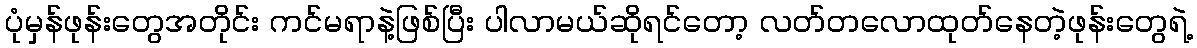
ပုံမှန်ဖုန်းတွေအတိုင်း ကင်မရာနဲ့ဖြစ်ပြီး ပါလာမယ်ဆိုရင်တော့ လတ်တလောထုတ်နေတဲ့ဖုန်းတွေရဲ့